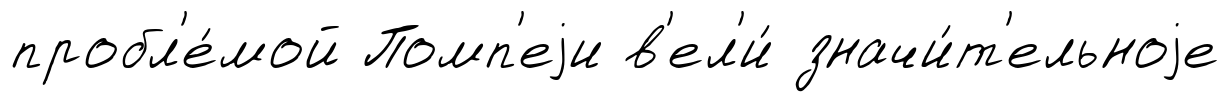
пробл'е́мой Помп'еjи в'ел'и́ значи́т'ельноjе